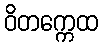
ဝိတက္ကေထ